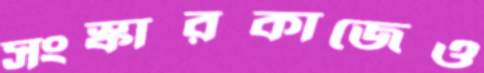
সংস্কারকাজেও